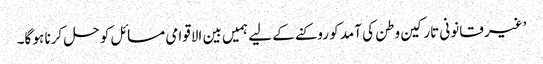
’غیر قانونی تارکین وطن کی آمد کو روکنے کے لیے ہمیں بین الاقوامی مسائل کو حل کرنا ہو گا۔